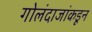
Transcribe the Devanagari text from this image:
गोलंदाजांकडून